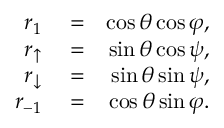
\begin{array} { r l r } { r _ { 1 } } & { { } = } & { \cos \theta \cos \varphi , } \\ { r _ { \uparrow } } & { { } = } & { \sin \theta \cos \psi , } \\ { r _ { \downarrow } } & { { } = } & { \sin \theta \sin \psi , } \\ { r _ { { - } 1 } } & { { } = } & { \cos \theta \sin \varphi . } \end{array}